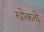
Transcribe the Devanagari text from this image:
खोकतो